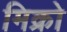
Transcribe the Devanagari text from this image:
मिक्रो